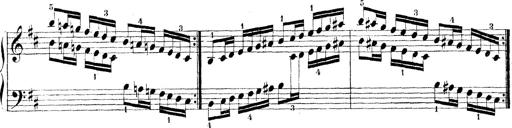
Title: Technische Studien
Composer: Franz Liszt